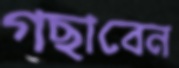
গছাবেন